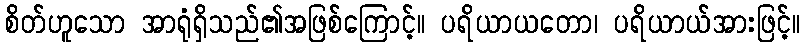
စိတ်ဟူသော အာရုံရှိသည်၏အဖြစ်ကြောင့်။ ပရိယာယတော၊ ပရိယာယ်အားဖြင့်။